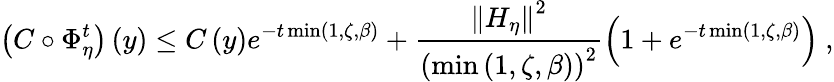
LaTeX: \left(C\circ\Phi_{\eta}^{t}\right)\left(y\right)\leq C\left(y\right)e^{-t\operatorname*{min}\left(1,\zeta,\beta\right)}+\frac{\left\Vert H_{\eta}\right\Vert^{2}}{\left(\operatorname*{min}\left(1,\zeta,\beta\right)\right)^{2}}\left(1+e^{-t\operatorname*{min}\left(1,\zeta,\beta\right)}\right)\ ,